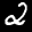
Label: 2